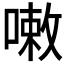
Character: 𠻳